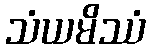
သံယမိဿံ